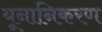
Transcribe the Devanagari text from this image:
यूनानिकरण